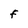
Character: F